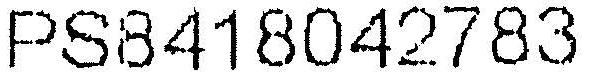
PS8418042783